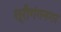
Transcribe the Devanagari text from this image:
श्रीगंगनगर